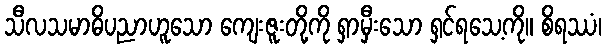
သီလသမာဓိပညာဟူသော ကျေးဇူးတို့ကို ရှာမှီးသော ရှင်ရသေ့ကို။ စိရဿံ၊